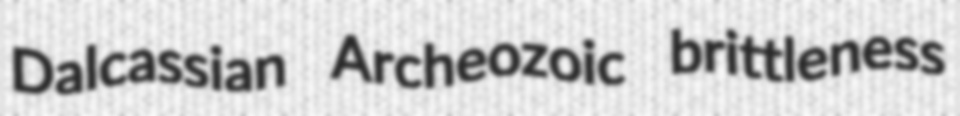
Dalcassian Archeozoic brittleness